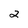
Character: 2